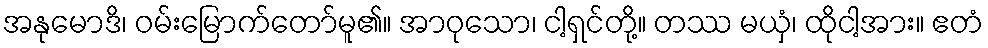
အနုမောဒိ၊ ဝမ်းမြောက်တော်မူ၏။ အာဝုသော၊ ငါ့ရှင်တို့။ တဿ မယှံ၊ ထိုငါ့အား။ ဧတံ